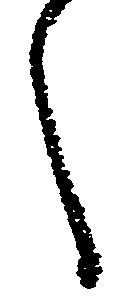
之